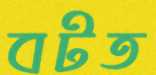
বটত